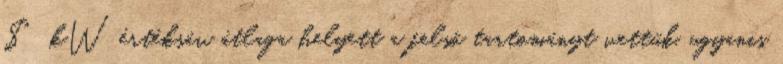
$ kW értéksáv átlaga helyett a felső tartományt vettük, ugyanis